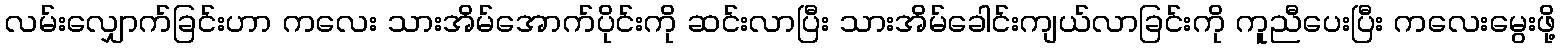
လမ်းလျှောက်ခြင်းဟာ ကလေး သားအိမ်အောက်ပိုင်းကို ဆင်းလာပြီး သားအိမ်ခေါင်းကျယ်လာခြင်းကို ကူညီပေးပြီး ကလေးမွေးဖို့